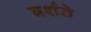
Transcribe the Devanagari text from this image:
बर्शते